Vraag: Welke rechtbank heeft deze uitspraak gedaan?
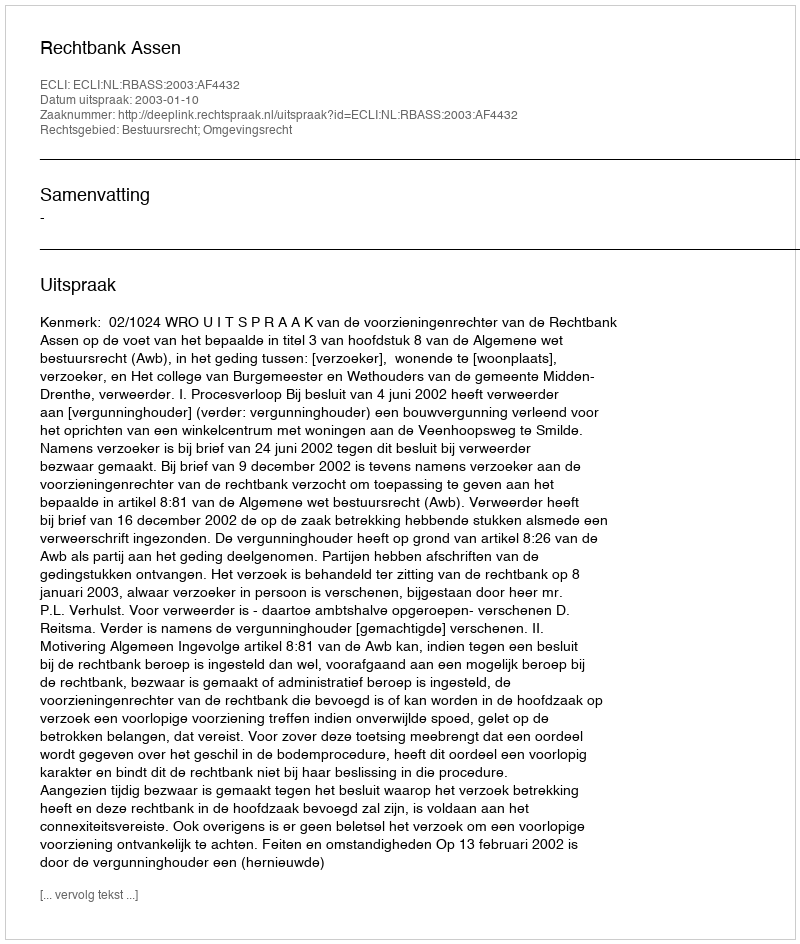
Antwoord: Rechtbank Assen